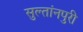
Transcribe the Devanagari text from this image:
सुल्तांनपुरी